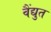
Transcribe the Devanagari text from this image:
वैंद्युत